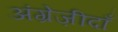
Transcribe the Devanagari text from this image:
अंग्रेज़ीदाँ